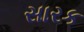
સારક